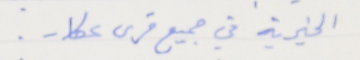
الخيرية في جميع قرى عكار.